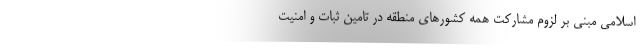
اسلامی مبنی بر لزوم مشارکت همه کشورهای منطقه در تامین ثبات و امنیت